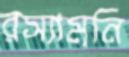
রস্যামনি